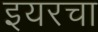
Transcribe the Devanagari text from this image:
इयरचा